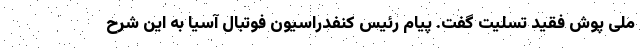
ملی پوش فقید تسلیت گفت. پیام رئیس کنفدراسیون فوتبال آسیا به این شرح